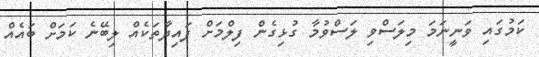
ކަމުގައި ވަނީނަމަ މިލަސްވި ލަސްވުމާ ގުޅިގެން ފިލްމަށް ފައިދާތަކެއް ލިބޭނެ ކަމަށް ބައެއް